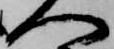
へ